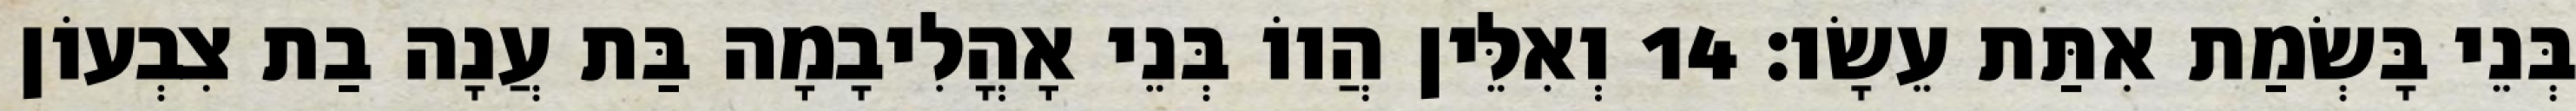
בְּנֵי בָּשְׂמַת אִתַּת עֵשָׂו׃ 14 וְאִלֵּין הֲווֹ בְּנֵי אָהֳלִיבָמָה בַּת עֲנָה בַת צִבְעוֹן